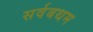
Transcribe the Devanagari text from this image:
सर्वबथम